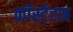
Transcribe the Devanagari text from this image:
कॉस्टेटम